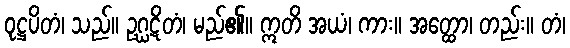
ဝုဋ္ဌပိတံ၊ သည်။ ဥဂ္ဃဋိတံ၊ မည်၏။ ဣတိ အယံ၊ ကား။ အတ္ထော၊ တည်း။ တံ၊